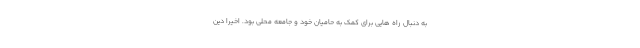
به دنبال راه هایی برای کمک به حامیان خود و جامعه محلی بود. اخیرا دین